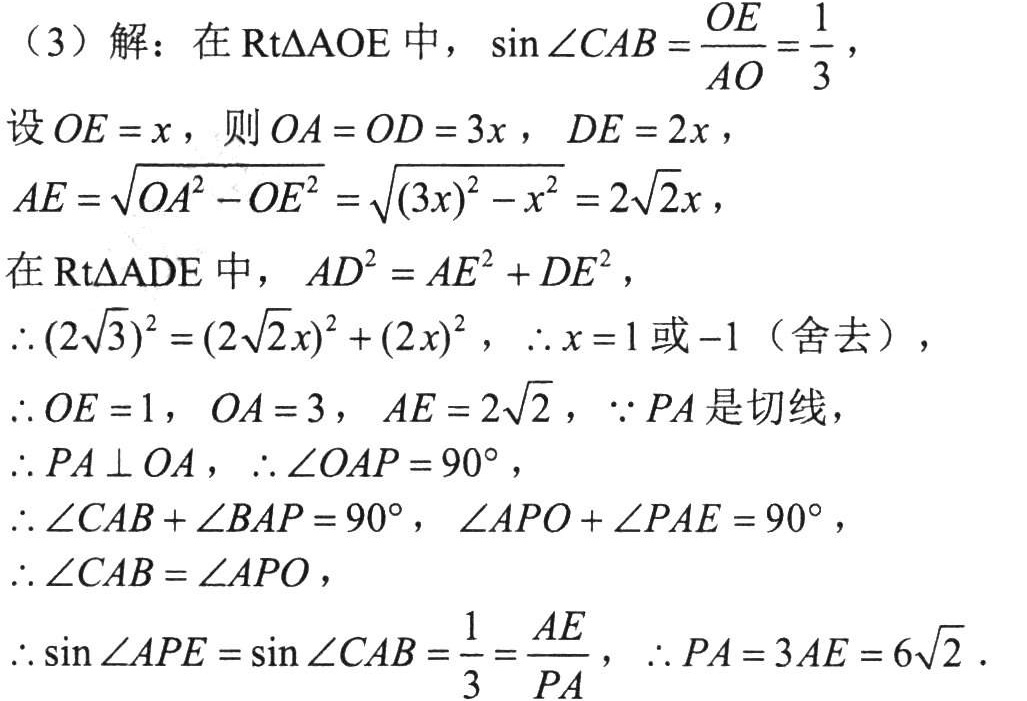
（3）解：在\(Rt\triangle AOE\)中，\(\sin\angle CAB = \frac{OE}{AO}=\frac{1}{3}\)，
设\(OE = x\)，则\(OA = OD = 3x\)，\(DE = 2x\)，
\(AE = \sqrt{OA^{2}-OE^{2}}=\sqrt{(3x)^{2}-x^{2}} = 2\sqrt{2}x\)，
在\(Rt\triangle ADE\)中，\(AD^{2}=AE^{2}+DE^{2}\)，
\(\therefore(2\sqrt{3})^{2}=(2\sqrt{2}x)^{2}+(2x)^{2}\)，\(\therefore x = 1\)或\(-1\)（舍去），
\(\therefore OE = 1\)，\(OA = 3\)，\(AE = 2\sqrt{2}\)，\(\because PA\)是切线，
\(\therefore PA\perp OA\)，\(\therefore\angle OAP = 90^{\circ}\)，
\(\therefore\angle CAB+\angle BAP = 90^{\circ}\)，\(\angle APO+\angle PAE = 90^{\circ}\)，
\(\therefore\angle CAB=\angle APO\)，
\(\therefore\sin\angle APE=\sin\angle CAB=\frac{1}{3}=\frac{AE}{PA}\)，\(\therefore PA = 3AE = 6\sqrt{2}\)．